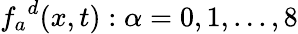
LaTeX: {f_{a}}^{d}(x,t):\alpha=0,1,...,8